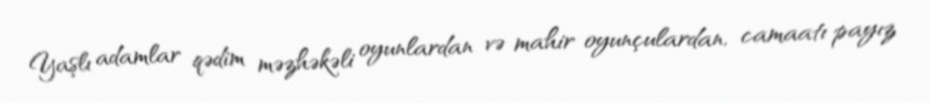
Yaşlı adamlar qədim məzhəkəli oyunlardan və mahir oyunçulardan, camaatı payız